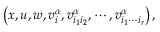
\left( x , u , w , v _ { i } ^ { \alpha } , v _ { i _ { 1 } i _ { 2 } } ^ { \alpha } , \cdots , v _ { i _ { 1 } \cdots i _ { r } } ^ { \alpha } \right) ,